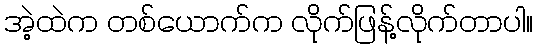
အဲ့ထဲက တစ်ယောက်က လိုက်ဖြန့်လိုက်တာပါ။